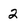
Character: 2